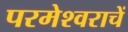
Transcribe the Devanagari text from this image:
परमेश्वराचें